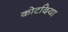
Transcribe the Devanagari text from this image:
कोटदिया